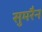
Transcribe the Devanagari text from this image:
सुमरैन